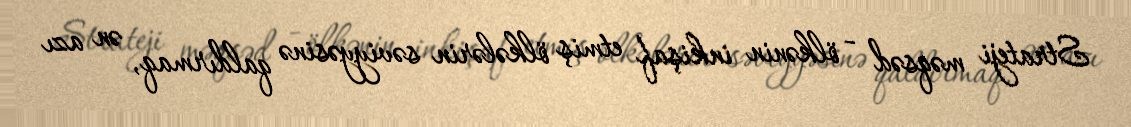
Strateji məqsəd - ölkənin inkişaf etmiş ölkələrin səviyyəsinə qaldırmaq, ən azı